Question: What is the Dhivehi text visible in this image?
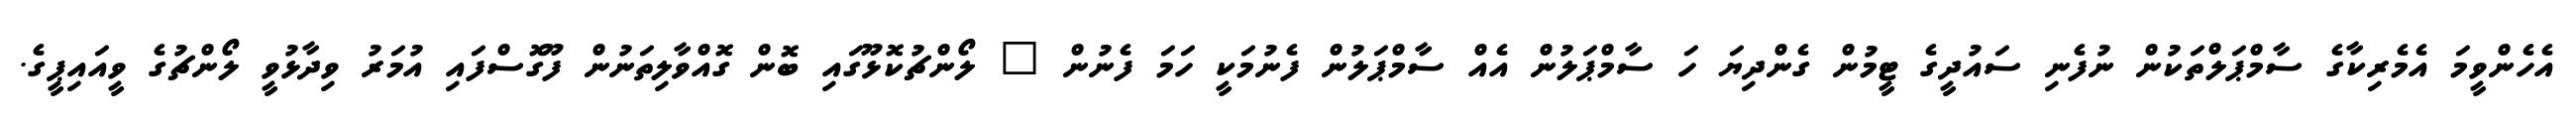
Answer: އެހެންވީމަ އެމެރިކާގެ ސާމްޕަލްތަކުން ނުފެނި ސައުދީގެ ޓީމުން ގެންދިޔަ ހަ ސާމްޕަލުން އެއް ސާމްޕަލުން ފެނުމަކީ ހަމަ ފެނުން " ލޯންޗުކޮޅޫގައި ބޮން ގޮއްވާލިތަނުން ފޫގޮސްފައި އުމަރު ވިދާޅުވީ ލޯންޗުގެ ވީއައިޕީގެ.